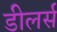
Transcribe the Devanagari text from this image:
डीलर्स